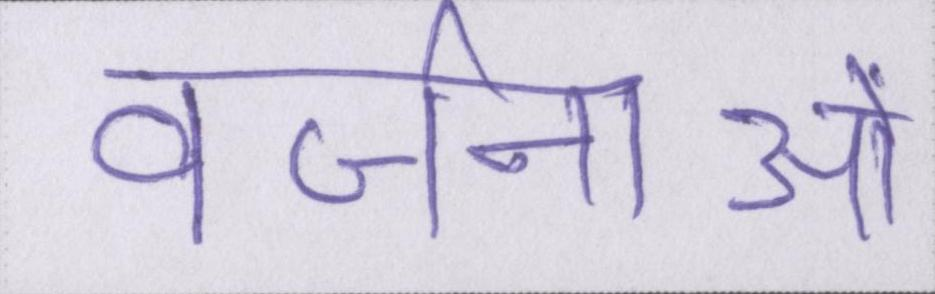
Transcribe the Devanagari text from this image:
वर्जनाओं